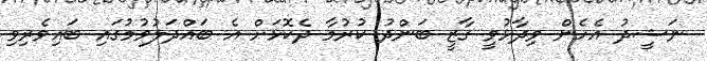
ނަޝީދު އެހެން ވިދާޅުވީ ގާޒީ ބަންދު ކުރުމާ ދެކޮޅަށް އެ ބައްދަލުވުމުގައި ބައިވެރިވި